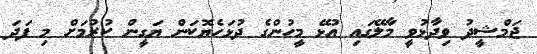
ޖަމްޝީދު ވިދާޅުވީ މާލޭގައި އުޅޭ މީހުންގެ ދުޅަހެޔޮކަން ޔަގީން ކުރުމަށް މި ފަދަ